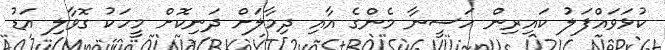
ކުޅަވައްފަލު ކައިރިން ހަސީނާ މެންގެ އާއި ދިމާލަށް ދަނިކޮށް މީހަކު ގޮވާލި އަޑު